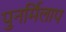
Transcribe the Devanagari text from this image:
पुनर्मिलाप